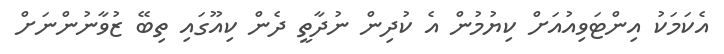
އެކަމަކު އިންޓަވިއުއަށް ކިޔުމުން އެ ކުދިން ނުދާތީ ދެން ކިއޫގައި ތިބޭ ޒުވާނުންނަށް